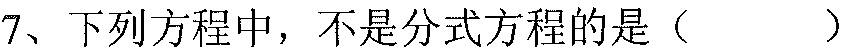
7、下列方程中，不是分式方程的是（  ）